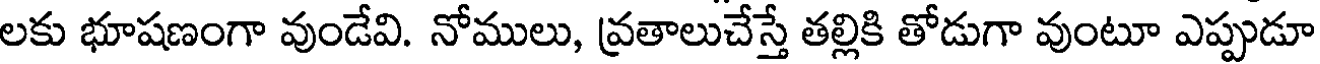
లకు భూషణంగా వుండేవి. నోములు, వ్రతాలుచేస్తే తల్లికి తోడుగా వుంటూ ఎప్పుడూ